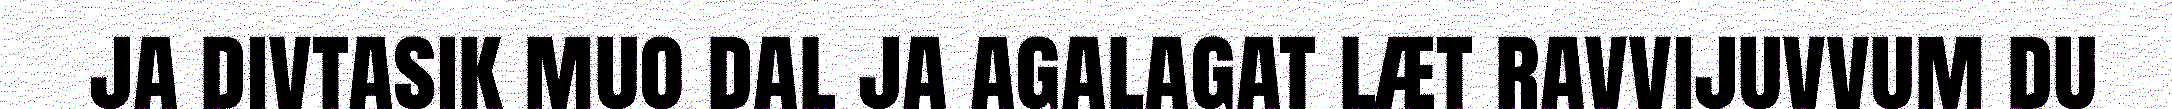
ja divtasik muo dal ja agalagat læt ravvijuvvum du